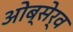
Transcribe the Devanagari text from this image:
ओब्सेर्व